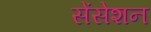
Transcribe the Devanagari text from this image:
सेंसेशन